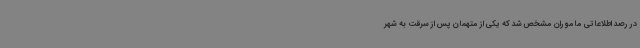
در رصد اطلاعاتی ماموران مشخص شد که یکی از متهمان پس از سرقت به شهر